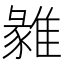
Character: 𩀅